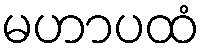
မဟာပထံ